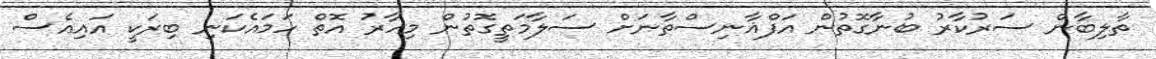
ތާލިބާން ސަރުކާރު ބުނާގޮތުން އަފްޣާނިސްތާނަށް ސަލާމަތީގޮތުން މިހާރު އޮތް ހަމައެކަނި ބިރަކީ އައިއެސް